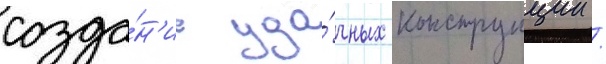
созда́н'ие уда́чных конструкции /